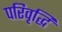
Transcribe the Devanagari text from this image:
परिवृद्धि